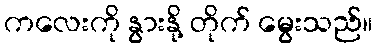
ကလေးကို နွားနို့ တိုက် မွေးသည်။